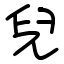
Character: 兒